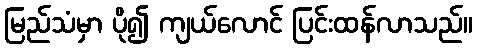
မြည်သံမှာ ပို၍ ကျယ်လောင် ပြင်းထန်လာသည်။